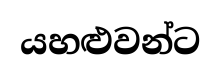
යහළුවන්ට